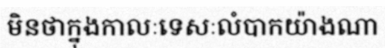
មិនថាក្នុងកាលៈទេសៈលំបាកយ៉ាងណា